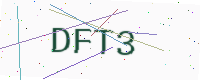
Text: DFT3